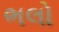
ભલો